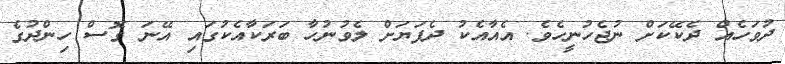
ދުވަހެއް ދެކޭކަށް ނުޖެހުނީހެވެ. އެއާއެކު ދެފަޔަށް ލެވުނުހާ ބަރަކާއެކުގައި އޭނަ ގޮސް ހިންދުގެ